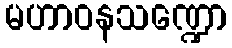
မဟာဝနသဏ္ဍော